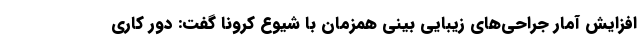
افزایش آمار جراحی‌های زیبایی بینی همزمان با شیوع کرونا گفت: دور کاری